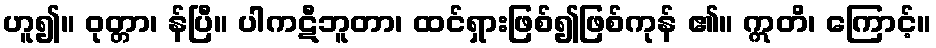
ဟူ၍။ ဝုတ္တာ၊ န်ပြီ။ ပါကဋီဘူတာ၊ ထင်ရှားဖြစ်၍ဖြစ်ကုန် ၏။ ဣတိ၊ ကြောင့်။